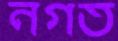
নগত